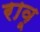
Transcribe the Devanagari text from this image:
रावू